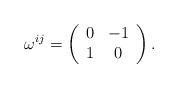
LaTeX: \begin{align*}\omega^{ij} = \left( \begin{array}{cc} 0 & -1 \\ 1 & 0 \\ \end{array} \right) .\end{align*}